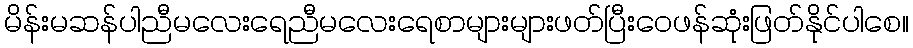
မိန်းမဆန်ပါညီမလေးရေညီမလေးရေစာများများဖတ်ပြီးဝေဖန်ဆုံးဖြတ်နိုင်ပါစေ။